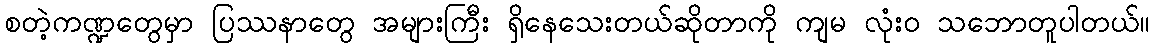
စတဲ့ကဏ္ဍတွေမှာ ပြဿနာတွေ အများကြီး ရှိနေသေးတယ်ဆိုတာကို ကျမ လုံး၀ သဘောတူပါတယ်။